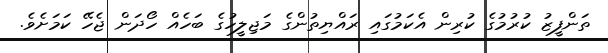
ތަންފީޒު ކުރުމުގެ ކުރިން އެކަމުގައި ރައްޔިތުންގެ މަޖިލީހުގެ ބަހެއް ހޯދަން ޖެހޭ ކަމަށެވެ.